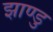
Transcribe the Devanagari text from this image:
झाण्डु